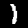
Label: 1